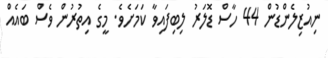
ނިއުޒިލެންޑުން 44 ހާސް ޑޮލަރު ލިބިފައިވާ ކަމަށެވެ. މީގެ އިތުރުން ވެސް ބައެއް